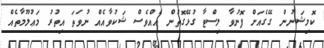
ކޮމިޝަނުން ގޭގެއަށް ފޮނުވާ ލިސްޓާ ގުޅޭގޮތުން އެއްވެސް ޝަކުވާއެއް ނުވަތަ އިތުރު މަޢުލޫމާތެއް